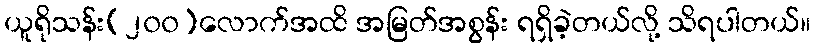
ယူရိုသန်း(၂၀၀)လောက်အထိ အမြတ်အစွန်း ရရှိခဲ့တယ်လို့ သိရပါတယ်။